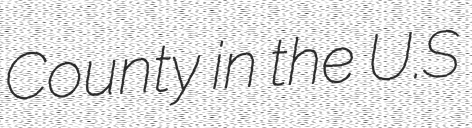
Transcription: County in the U.S